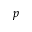
p